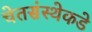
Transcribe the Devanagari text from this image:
चेतसंस्थेकडे